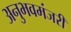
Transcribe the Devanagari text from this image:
अनुभवमंजरी